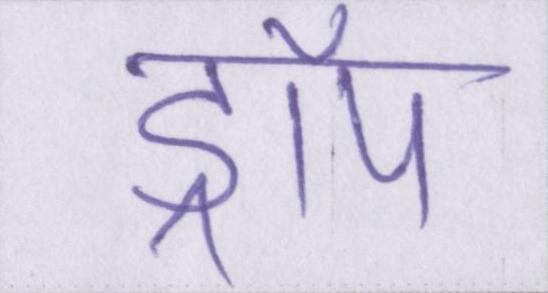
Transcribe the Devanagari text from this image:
ड्रॉप